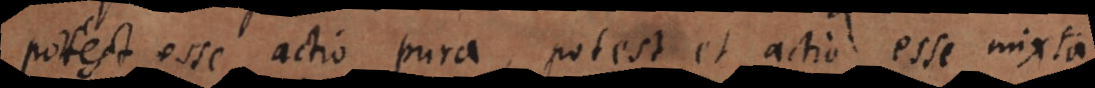
potest esse actio pura, potest et actio esse mixta